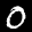
Label: 0